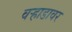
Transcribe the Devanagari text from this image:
वऱ्हाडावर